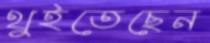
থুইতেছেন